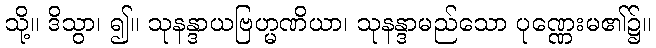
သို့။ ဒိသွာ၊ ၍။ သုနန္ဒာယဗြဟ္မဏိယာ၊ သုနန္ဒာမည်သော ပုဏ္ဏေးမ၏၌။